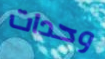
وحدات